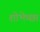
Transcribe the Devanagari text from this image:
शोभेच्छा